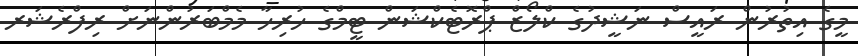
މީގެ އިތުރުން ރައީސް ނަޝީދުގެ ކްލޯޒް ޕްރޮޓެކްޝަން ޓީމްގެ ހުރިހާ މެމްބަރުންނަށް ރިފްރެޝަރ